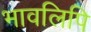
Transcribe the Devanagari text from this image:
भावलिपि